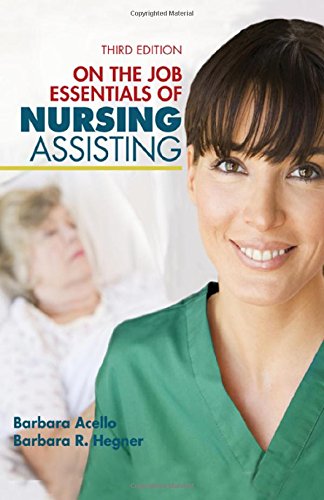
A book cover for Nursing Assistant: A Nursing Process Approach - On the Job: Essentials of Nursing Assisting; Barbara Acello; Medical Books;